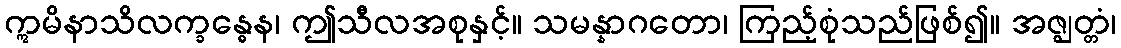
ဣမိနာသိလက္ခန္ဓေန၊ ဤသီလအစုနှင့်။ သမန္နာဂတော၊ ကြည့်စုံသည်ဖြစ်၍။ အဇ္ဈတ္တံ၊